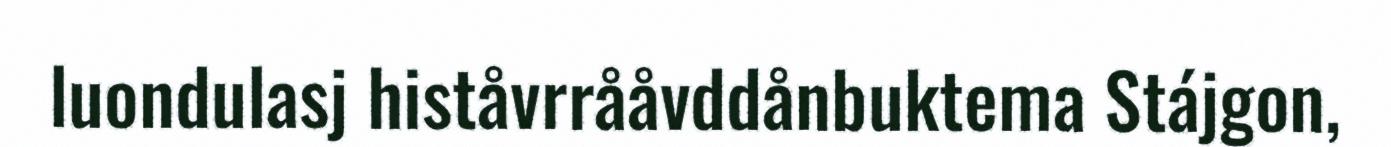
luondulasj histåvrrååvddånbuktema Stájgon,